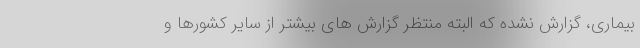
بیماری، گزارش نشده که البته منتظر گزارش های بیشتر از سایر کشورها و